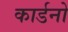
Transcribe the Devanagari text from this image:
कार्डनो